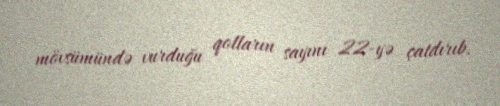
mövsümündə vurduğu qolların sayını 22-yə çatdırıb.